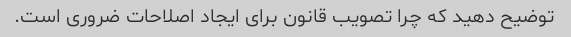
توضیح دهید که چرا تصویب قانون برای ایجاد اصلاحات ضروری است.